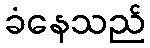
ခံနေသည်